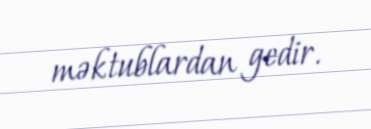
məktublardan gedir.